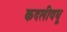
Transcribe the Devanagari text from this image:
कदलीवधू